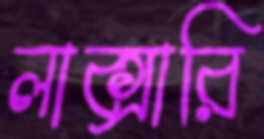
লাক্সারি